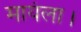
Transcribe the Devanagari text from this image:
मायंला।